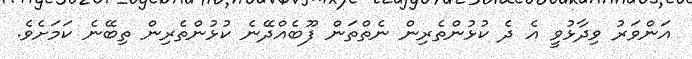
އަންވަރު ވިދާޅުވީ އެ ދެ ކުޅުންތެރިން ނެތްތަން ފޫބެއްދޭނެ ކުޅުންތެރިން ތިބޭނެ ކަމަށެވެ.